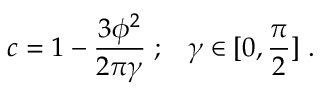
c = 1 - \frac { 3 \phi ^ { 2 } } { 2 \pi \gamma } \; ; \; \; \; \gamma \in [ 0 , \frac { \pi } { 2 } ] \; .